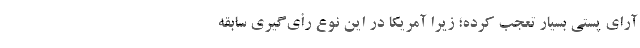
آرای پُستی بسیار تعجب کرده؛ زیرا آمریکا در این نوع رأی‌گیری سابقه